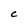
Character: C